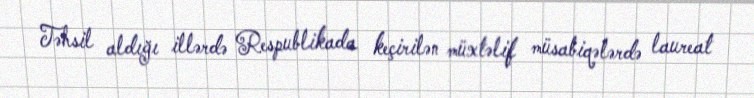
Təhsil aldığı illərdə Respublikada keçirilən müxtəlif müsabiqələrdə laureat